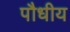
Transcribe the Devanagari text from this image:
पौधीय